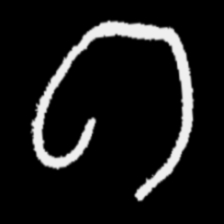
Pyu character \u2014 Myanmar letter: ဂ (romanized: ga)